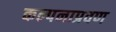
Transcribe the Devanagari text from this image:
कल्पनाप्रवण